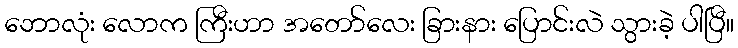
ဘောလုံး လောက ကြီးဟာ အတော်လေး ခြားနား ပြောင်းလဲ သွားခဲ့ ပါပြီ။